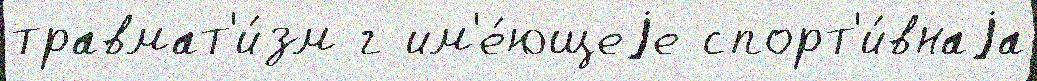
травмат'и́зм г им'е́ющеjе спорт'и́внаjа